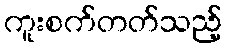
ကူးစက်တတ်သည့်